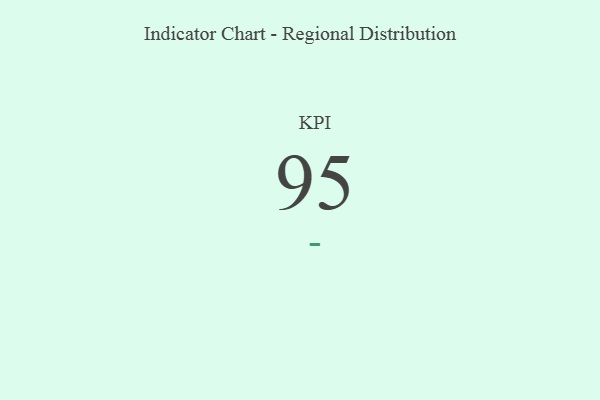
{"axis": {"x": "KPI", "y": "Value"}, "legend": [""], "data": [{"x": "KPI", "y": 95, "type": ""}]}